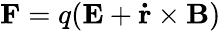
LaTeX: \mathbf{F}=q(\mathbf{E}+\mathbf{\dot{r}}\times\mathbf{B})